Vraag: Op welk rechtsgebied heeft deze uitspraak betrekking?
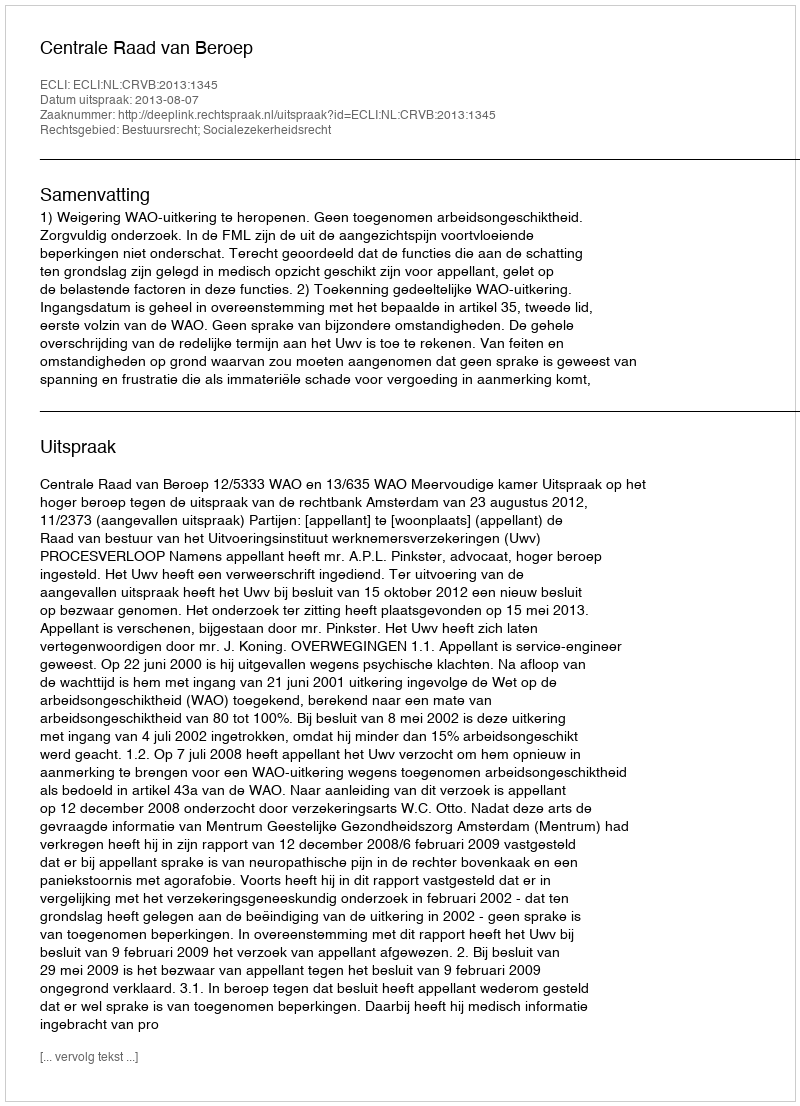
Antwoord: Bestuursrecht; Socialezekerheidsrecht